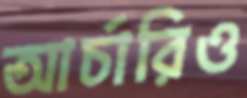
আর্চারিও